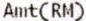
AMT(RM)